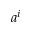
a ^ { i }